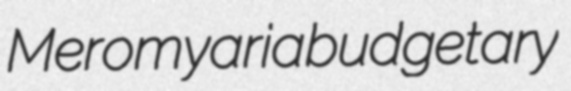
Meromyaria budgetary